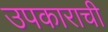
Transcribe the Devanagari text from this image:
उपकाराची